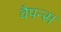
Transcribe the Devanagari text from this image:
वैपन्स